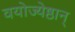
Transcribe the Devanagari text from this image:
वयोज्येष्ठान्‌